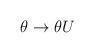
LaTeX: \begin{align*}\theta\rightarrow\theta U\end{align*}